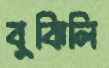
বুঝিলি